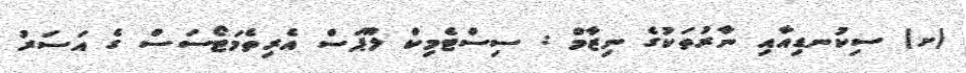
(ށ) ސިކުނޑިއާއި ނާރުތަކުގެ ނިޒާމް : ސިސްޓެމިކް ލޫޕަސް އެރިތެމަޓޯސަސް ގެ އަސަރު